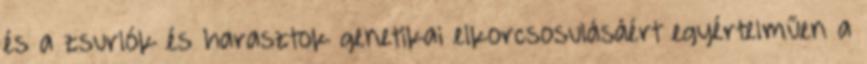
és a zsurlók és harasztok genetikai elkorcsosulásáért egyértelműen a